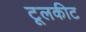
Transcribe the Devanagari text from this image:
टूलकीट